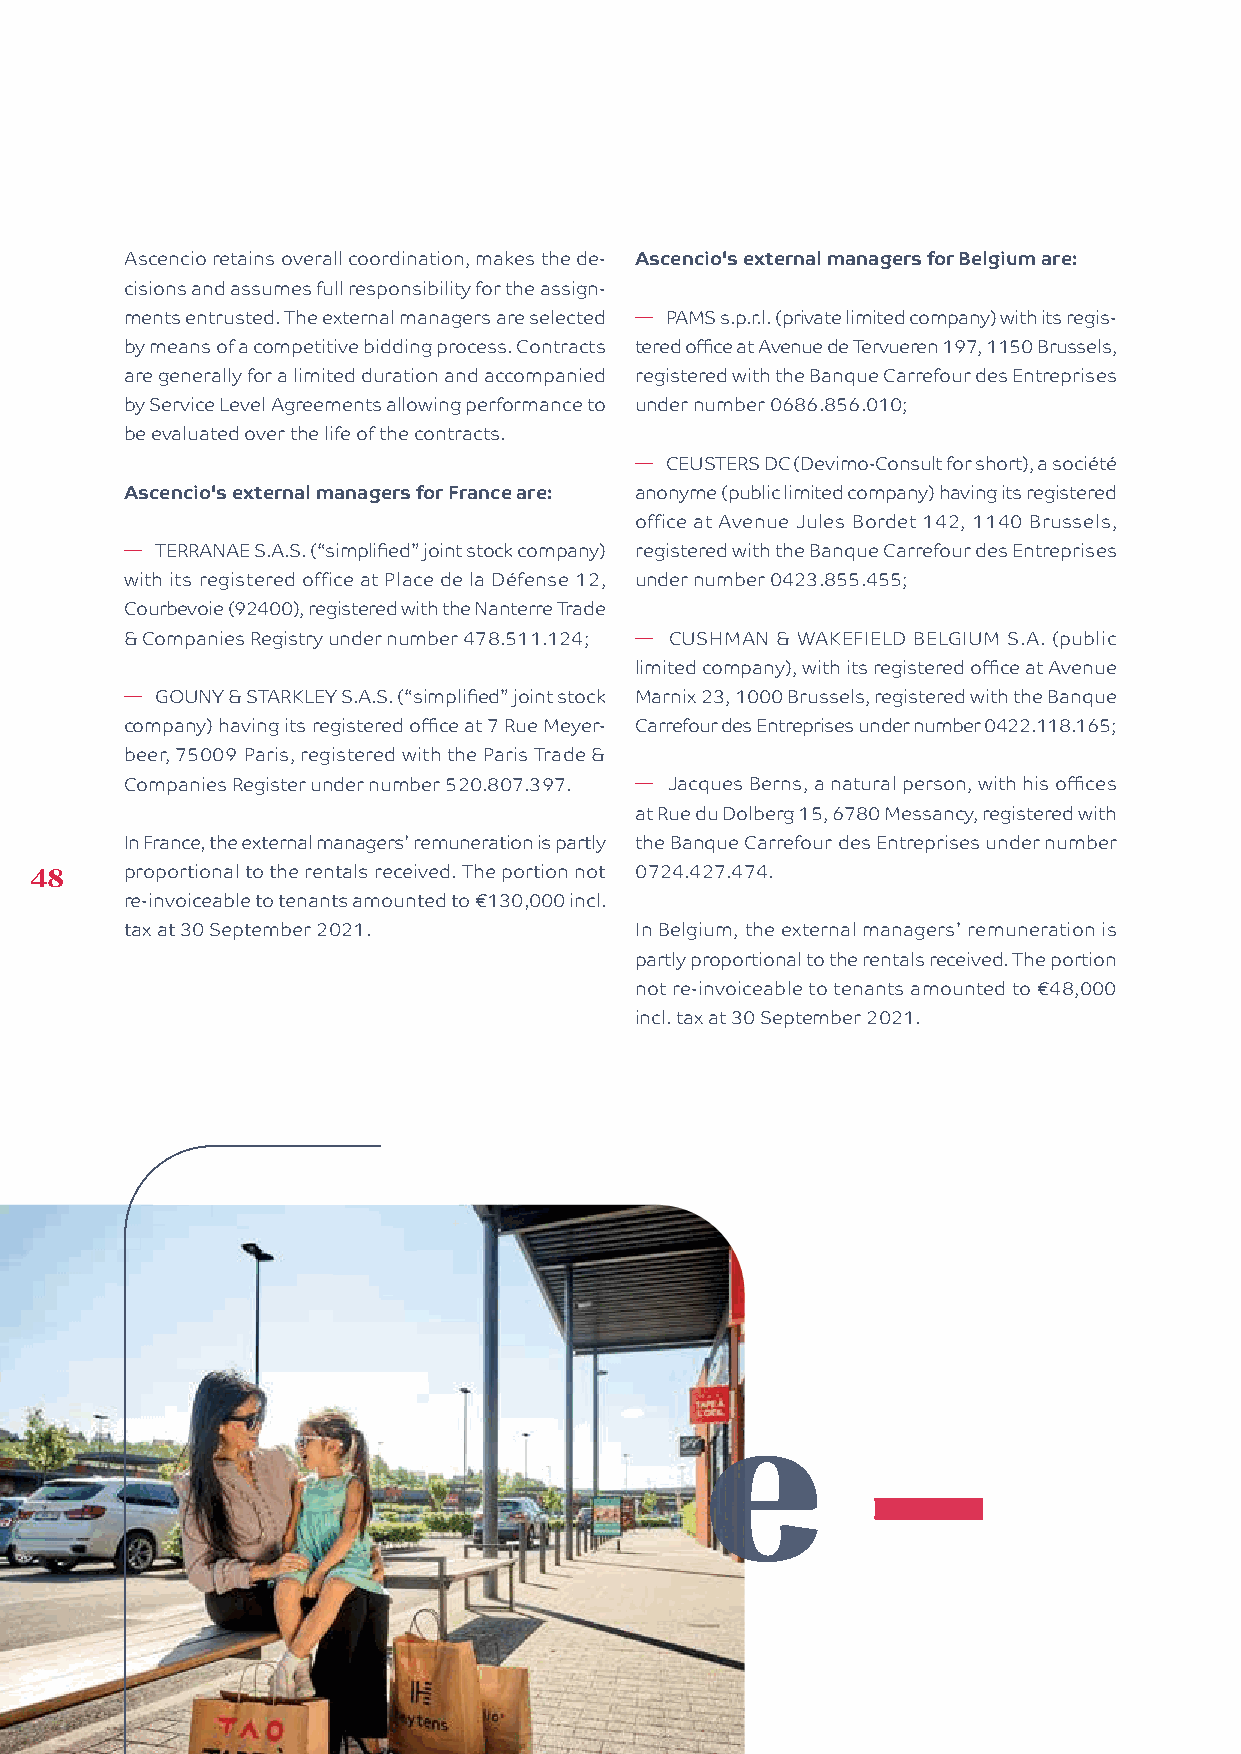
Ascencio retains overall coordination, makes the de- Ascencio's external managers for Belgium are:
 cisions and assumes full responsibility for the assign-
 ments entrusted. The external managers are selected � PAMS s.p.r.l. (private limited company) with its regis-
 by means of a competitive bidding process. Contracts tered office at Avenue de Tervueren 197, 1150 Brussels,
 are generally for a limited duration and accompanied registered with the Banque Carrefour des Entreprises
 by Service Level Agreements allowing performance to under number 0686.856.010;
 be evaluated over the life of the contracts.
 � CEUSTERS DC (Devimo-Consult for short), a société
 Ascencio's external managers for France are: anonyme (public limited company) having its registered
 office at Avenue Jules Bordet 142, 1140 Brussels,
 � TERRANAE S.A.S. (“simplified” joint stock company) registered with the Banque Carrefour des Entreprises
 with its registered office at Place de la Défense 12, under number 0423.855.455;
 Courbevoie (92400), registered with the Nanterre Trade
 & Companies Registry under number 478.511.124; � CUSHMAN & WAKEFIELD BELGIUM S.A. (public
 limited company), with its registered office at Avenue
 � GOUNY & STARKLEY S.A.S. (“simplified” joint stock Marnix 23, 1000 Brussels, registered with the Banque
 company) having its registered office at 7 Rue Meyer- Carrefour des Entreprises under number 0422.118.165;
 beer, 75009 Paris, registered with the Paris Trade &
 Companies Register under number 520.807.397. � Jacques Berns, a natural person, with his offices
 at Rue du Dolberg 15, 6780 Messancy, registered with
 In France, the external managers’ remuneration is partly the Banque Carrefour des Entreprises under number
 48    proportional to the rentals received. The portion not 0724.427.474.
 re-invoiceable to tenants amounted to €130,000 incl.
 tax at 30 September 2021.         In Belgium, the external managers’ remuneration is
 partly proportional to the rentals received. The portion
 not re-invoiceable to tenants amounted to €48,000
 incl. tax at 30 September 2021.